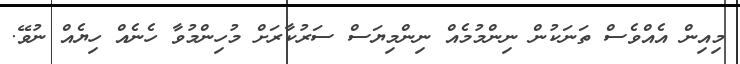
މިއިން އެއްވެސް ތަނަކުން ނިންމުމެއް ނިންމިޔަސް ސަރުކާރަށް މުހިންމުވާ ހެނެއް ހިޔެއް ނުވޭ.